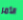
الأمر